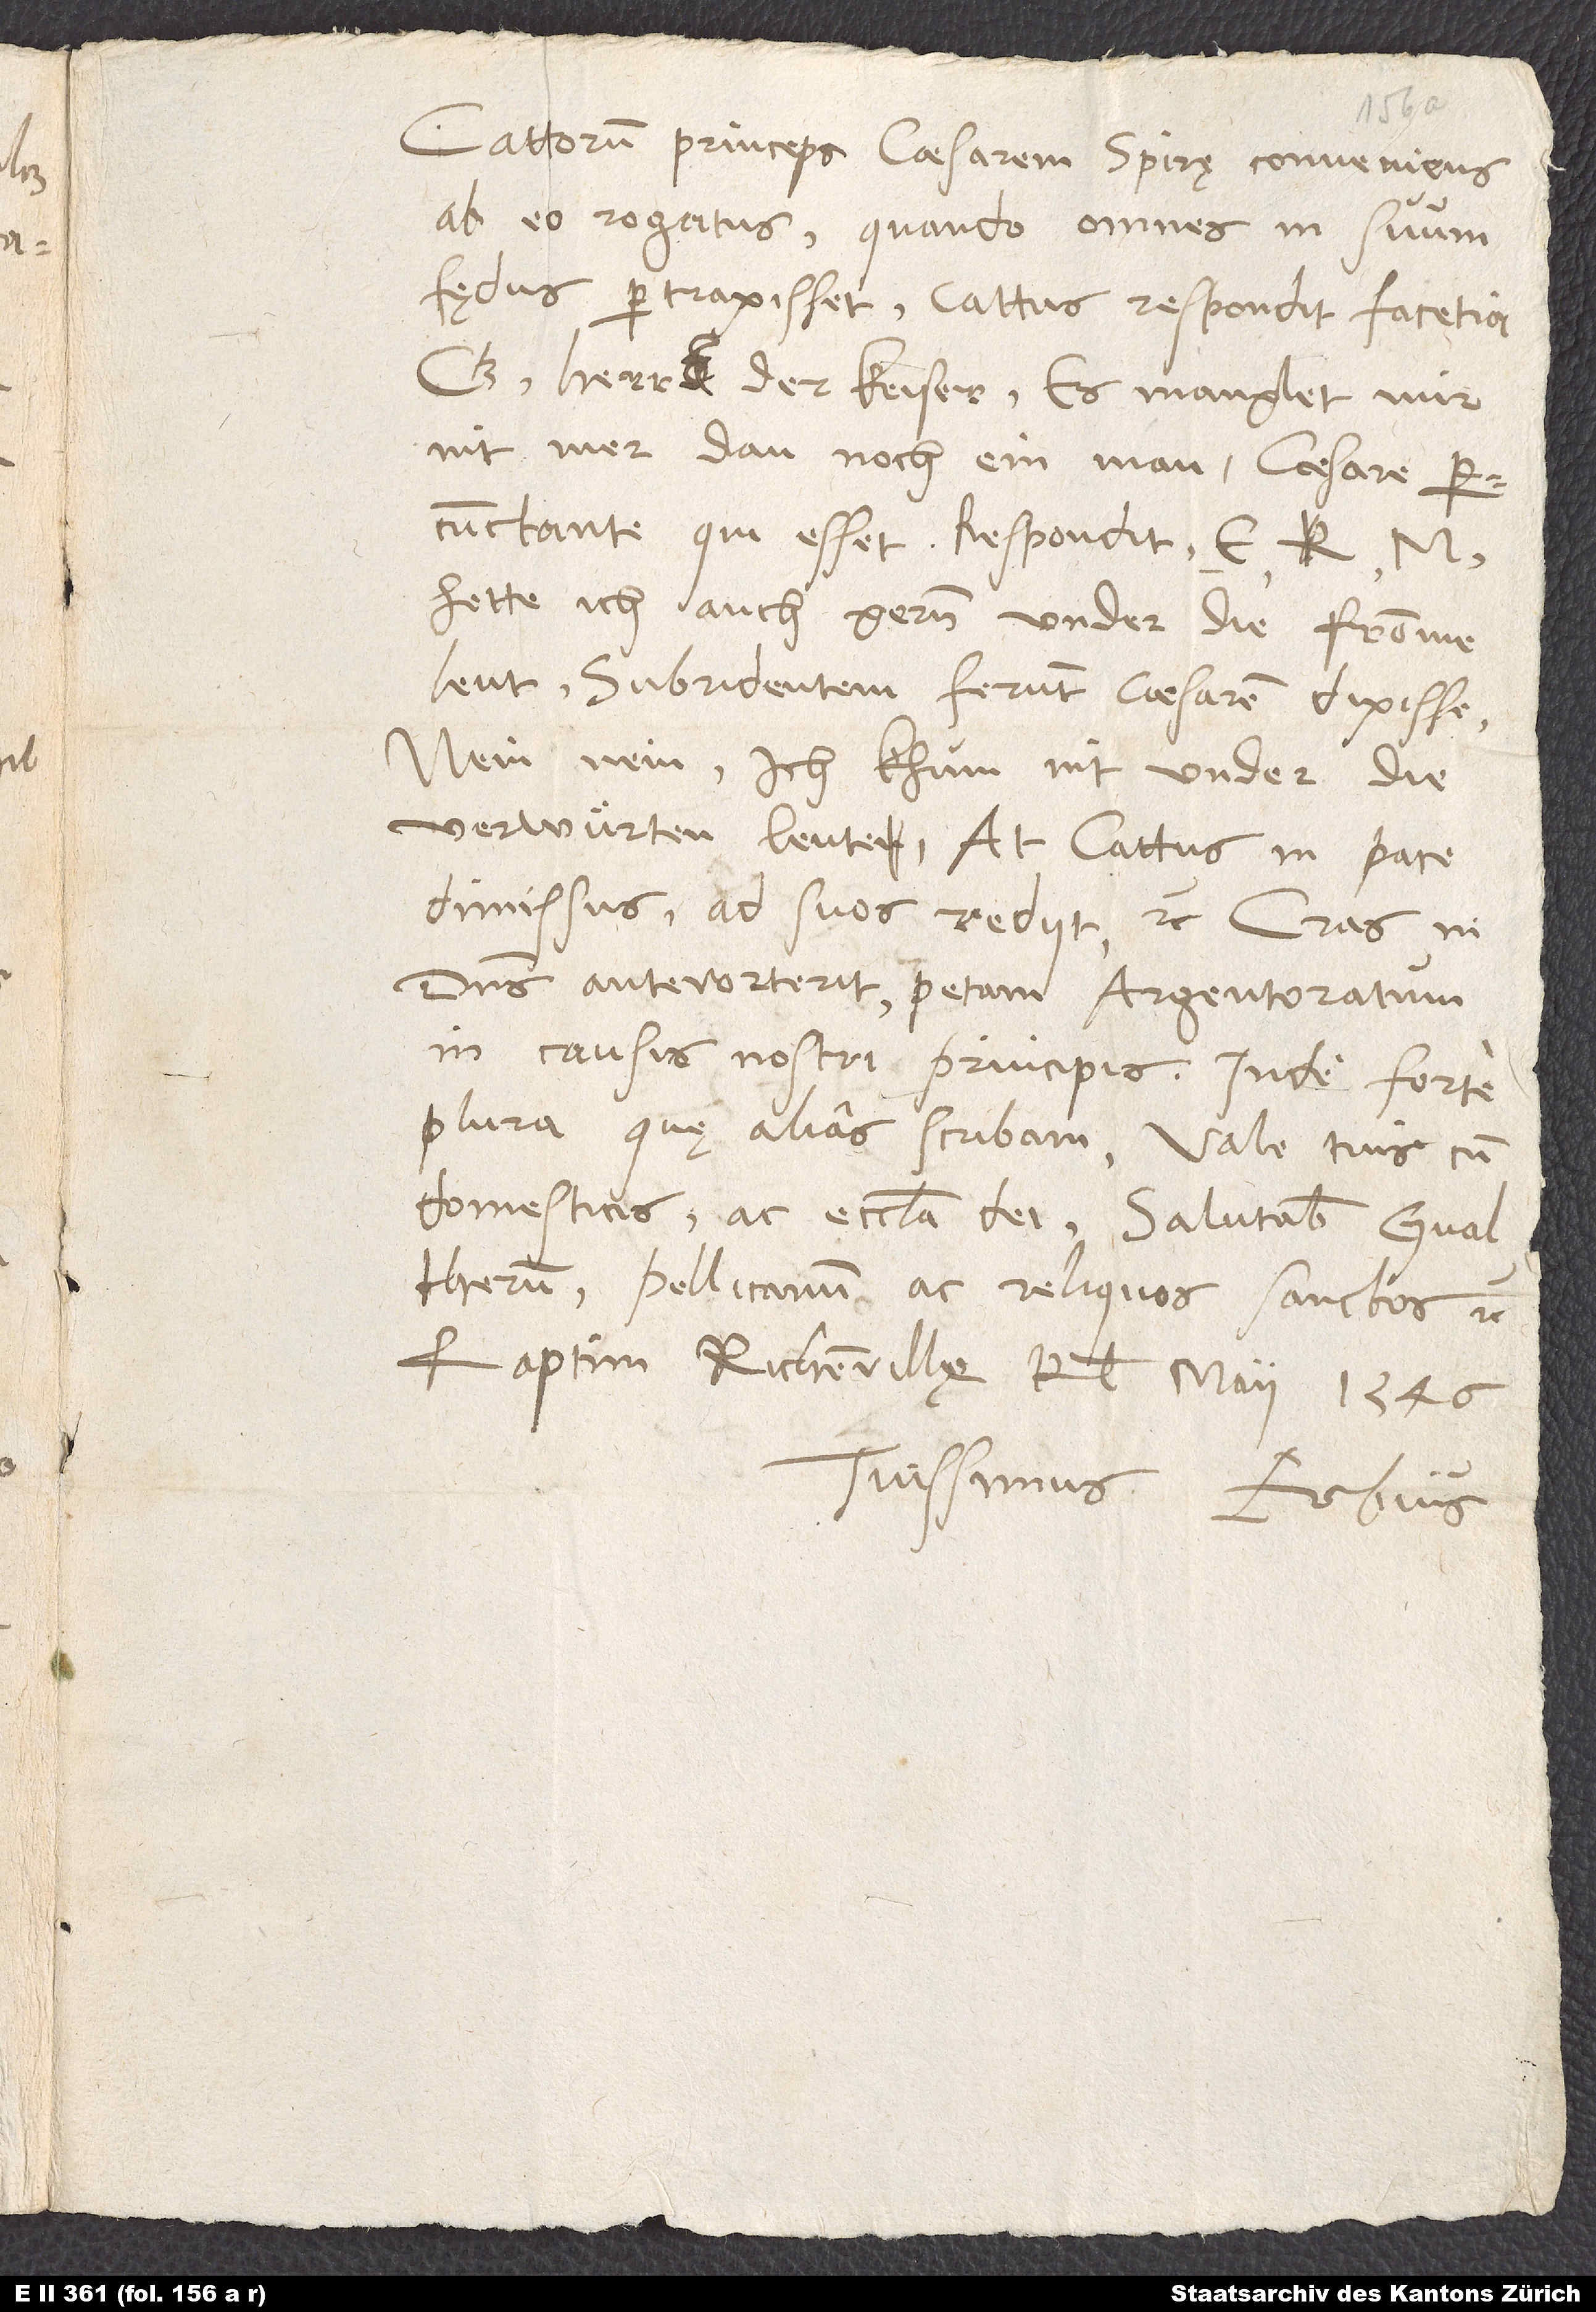
Cattorum princeps, caesarem Spirę conveniens,
ab eo rogatus, quando omnes in suum
fędus pertraxisset. Cattus respondit facetia:
„O herr, der keiser, es manglet mir
nit mer dan noch ein man.“ Caesare
percunctante, qui esset, respondit: „E
hette ich auch gern under die fromme
Subridentem ferunt caesarem dixisse:
„Nein, nein, ich khum nit under die
verwuͤrten leute.“ At Cattus in pace
dimissus ad suos rediit, etc. Cras, ni
dominus antevorterit, petam Argentoratum
in causis nostri principis. Inde forte
plura, quę alias scribam. Vale tuis cum
domesticis ac ecclesia dei. Salutabis Gvaltherum,
Pellicanum ac reliquos sanctos, etc.
Raptim, Richenvillę, kalendis maii 1546.
Tuissimus Erbius.